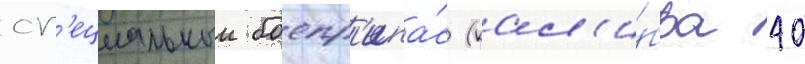
сп'ециальныи боепр'ипа́с (кал'и́бра 40